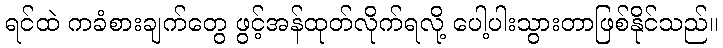
ရင်ထဲ ကခံစားချက်တွေ ဖွင့်အန်ထုတ်လိုက်ရလို့ ပေါ့ပါးသွားတာဖြစ်နိုင်သည်။